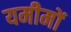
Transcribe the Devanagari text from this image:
यमीमों